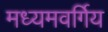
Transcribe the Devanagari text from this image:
मध्यमवर्गिय